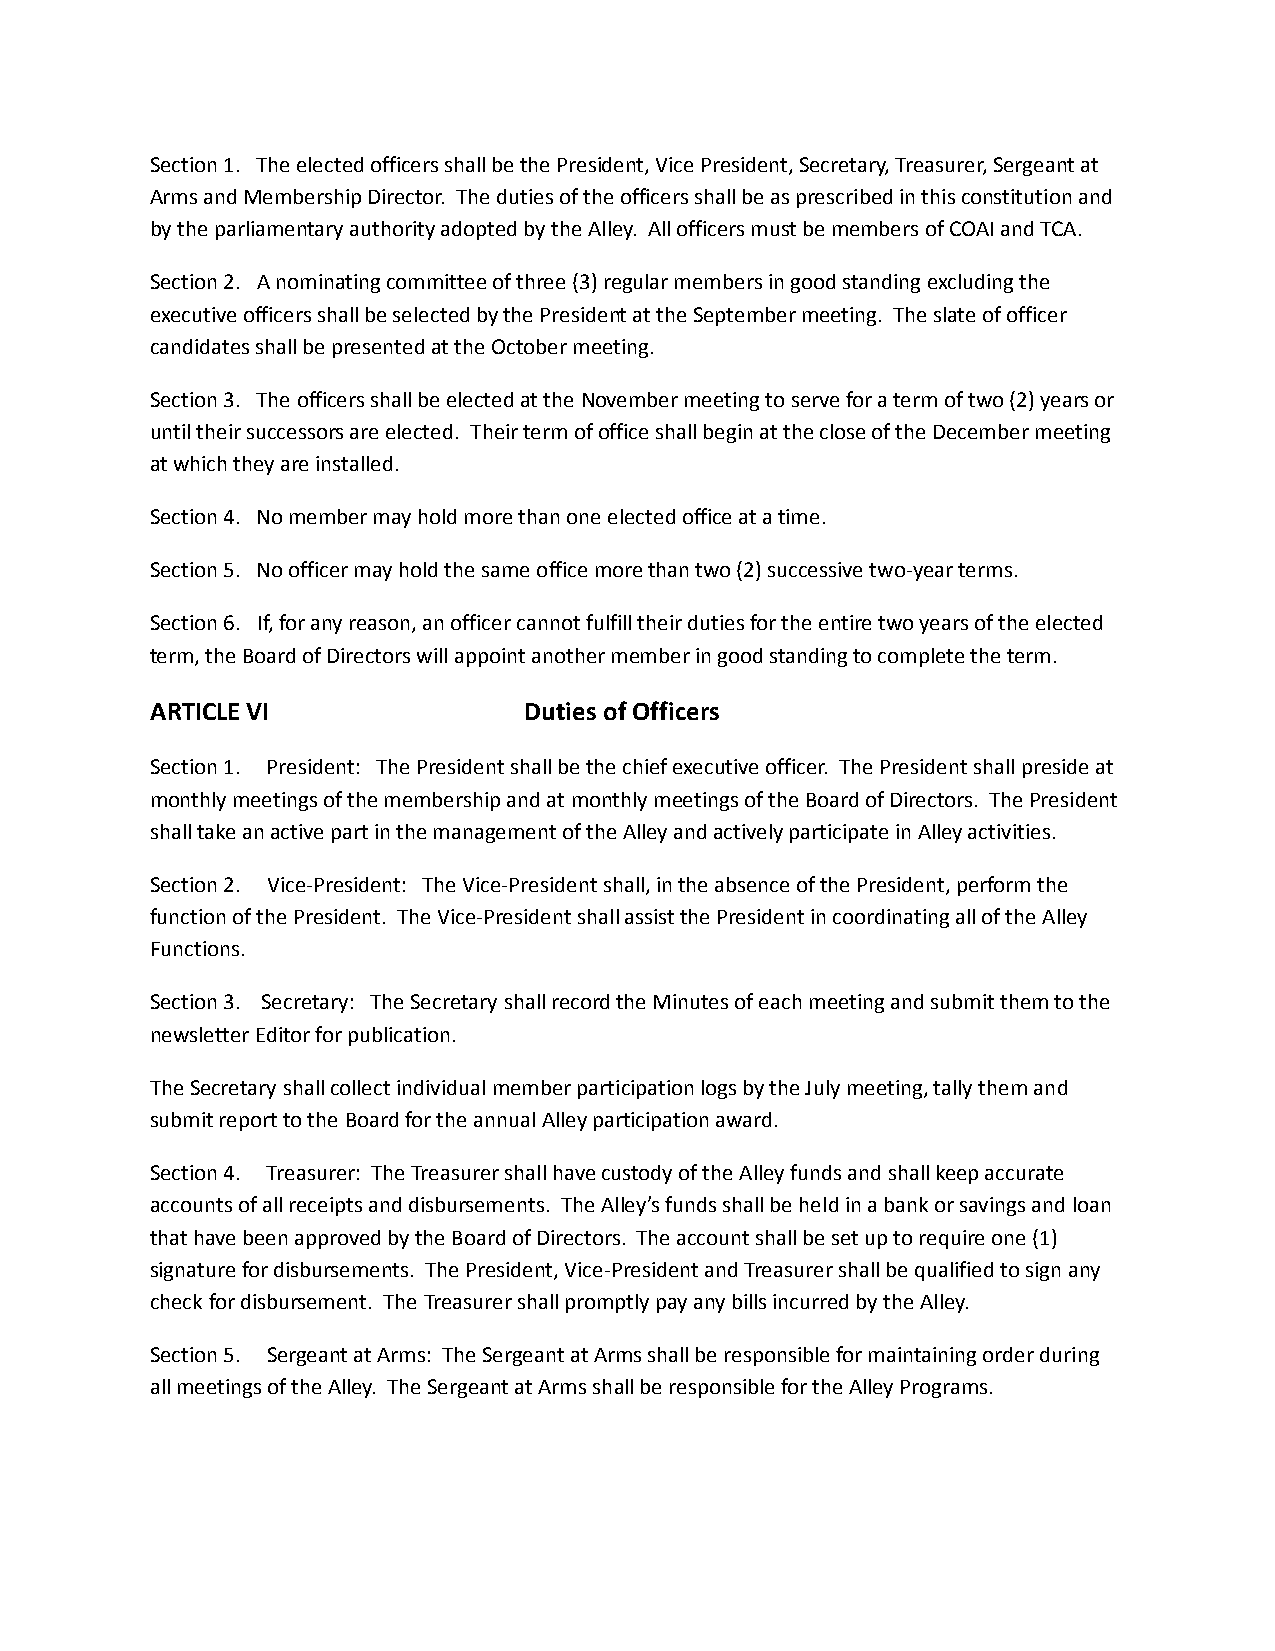
Section 1. The elected officers shall be the President, Vice President, Secretary, Treasurer, Sergeant at
 Arms and Membership Director. The duties of the officers shall be as prescribed in this constitution and
 by the parliamentary authority adopted by the Alley. All officers must be members of COAI and TCA.
 Section 2. A nominating committee of three (3) regular members in good standing excluding the
 executive officers shall be selected by the President at the September meeting. The slate of officer
 candidates shall be presented at the October meeting.
 Section 3. The officers shall be elected at the November meeting to serve for a term of two (2) years or
 until their successors are elected. Their term of office shall begin at the close of the December meeting
 at which they are installed.
 Section 4. No member may hold more than one elected office at a time.
 Section 5. No officer may hold the same office more than two (2) successive two-year terms.
 Section 6. If, for any reason, an officer cannot fulfill their duties for the entire two years of the elected
 term, the Board of Directors will appoint another member in good standing to complete the term.
 ARTICLE VI               Duties of Officers
 Section 1. President: The President shall be the chief executive officer. The President shall preside at
 monthly meetings of the membership and at monthly meetings of the Board of Directors. The President
 shall take an active part in the management of the Alley and actively participate in Alley activities.
 Section 2. Vice-President: The Vice-President shall, in the absence of the President, perform the
 function of the President. The Vice-President shall assist the President in coordinating all of the Alley
 Functions.
 Section 3. Secretary: The Secretary shall record the Minutes of each meeting and submit them to the
 newsletter Editor for publication.
 The Secretary shall collect individual member participation logs by the July meeting, tally them and
 submit report to the Board for the annual Alley participation award.
 Section 4. Treasurer: The Treasurer shall have custody of the Alley funds and shall keep accurate
 accounts of all receipts and disbursements. The Alley’s funds shall be held in a bank or savings and loan
 that have been approved by the Board of Directors. The account shall be set up to require one (1)
 signature for disbursements. The President, Vice-President and Treasurer shall be qualified to sign any
 check for disbursement. The Treasurer shall promptly pay any bills incurred by the Alley.
 Section 5. Sergeant at Arms: The Sergeant at Arms shall be responsible for maintaining order during
 all meetings of the Alley. The Sergeant at Arms shall be responsible for the Alley Programs.